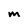
Character: M